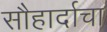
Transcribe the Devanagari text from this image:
सौहार्दाचा